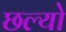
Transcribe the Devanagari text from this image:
छल्‍यो